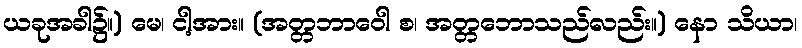
ယခုအခါ၌။) မေ၊ ငါ့အား။ (အတ္တဘာဝေါ စ၊ အတ္တဘောသည်လည်း။) နော သိယာ၊